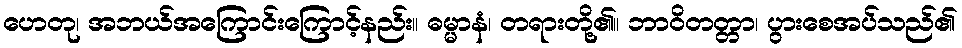
ဟေတု၊ အဘယ်အကြောင်းကြောင့်နည်း။ ဓမ္မာနံ၊ တရားတို့၏။ ဘာဝိတတ္တာ၊ ပွားစေအပ်သည်၏